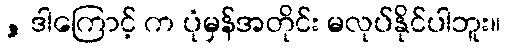
, ဒါကြောင့် က ပုံမှန်အတိုင်း မလုပ်နိုင်ပါဘူး။